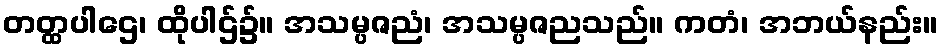
တတ္ထပါဌေ၊ ထိုပါဌ်၌။ အသမ္ပဇညံ၊ အသမ္ပဇညသည်။ ကတံ၊ အဘယ်နည်း။